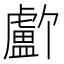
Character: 𬐸